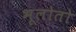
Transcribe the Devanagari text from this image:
भूलोतो